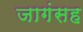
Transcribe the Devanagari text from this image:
जागंसह